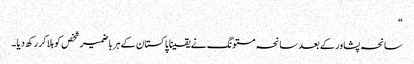
“
سانحہ پشاور کے بعد سانحہ مستونگ نے یقینا پاکستان کے ہر باضمیر شخص کو ہلا کر رکھ دیا ۔